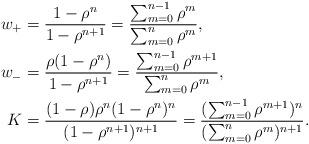
LaTeX: \begin{align*}w_+ &= \frac{1-\rho^n}{1-\rho^{n+1}}= \frac{ \sum_{m=0}^{n-1} \rho^m }{ \sum_{m=0}^n \rho^m },\\w_- & = \frac{\rho(1-\rho^n)}{1-\rho^{n+1}}= \frac{ \sum_{m=0}^{n-1} \rho^{m+1} }{ \sum_{m=0}^n \rho^m },\\K &= \frac{(1-\rho)\rho^n (1-\rho^n)^n}{(1-\rho^{n+1})^{n+1}}= \frac{ ( \sum_{m=0}^{n-1} \rho^{m+1} )^n }{ ( \sum_{m=0}^n \rho^m )^{n+1} }.\end{align*}